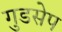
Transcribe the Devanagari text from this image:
गुडसेप